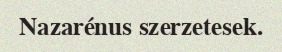
Nazarénus szerzetesek.